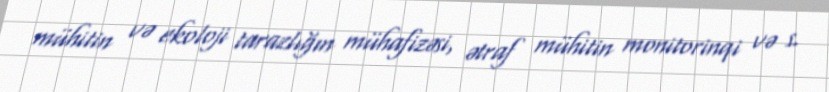
mühitin və ekoloji tarazlığın mühafizəsi, ətraf mühitin monitorinqi və s.